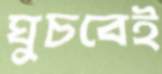
ঘুচবেই